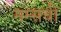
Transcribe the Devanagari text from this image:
मम्सची